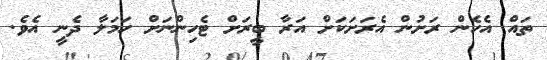
ތައް އެހެން ރަށުން އެރަށަކަށް އަރާ ބީރަށް ޓެހިންނަށް ހަމަލާ ދެނީ އެވެ.